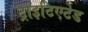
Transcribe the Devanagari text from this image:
ट्राइटिएटेड